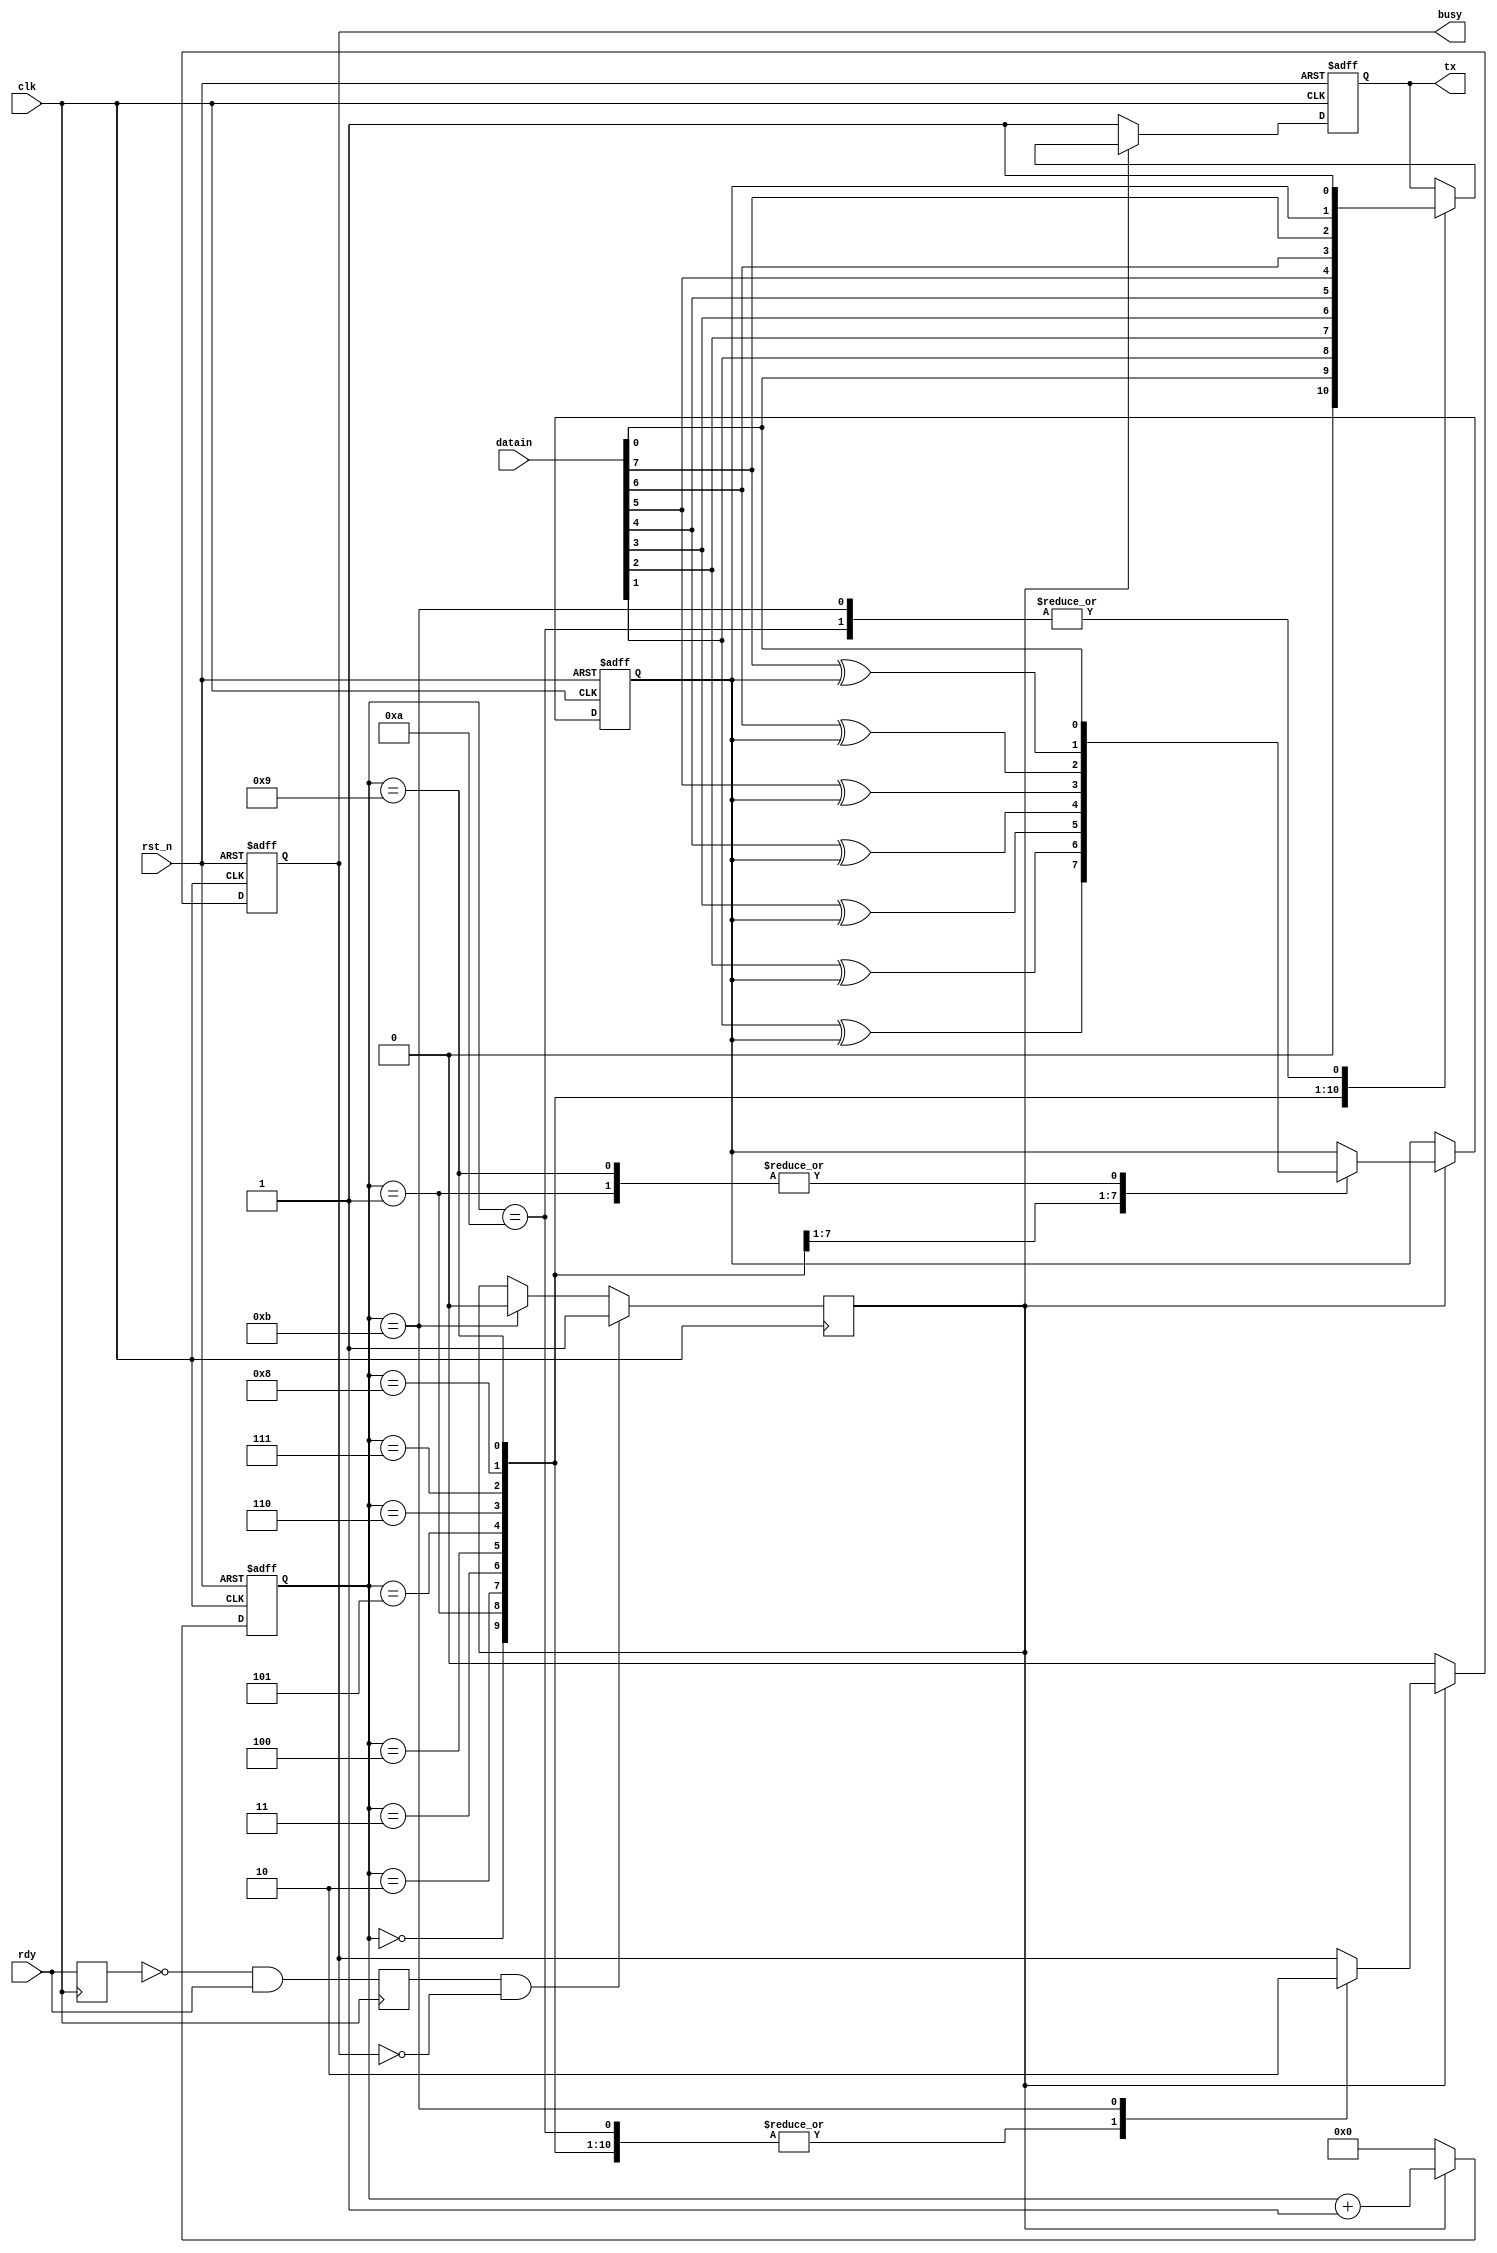
module tx(
				input              clk,                //
				input              rst_n,              //

				input      [7:0]   datain,             //	
				input              rdy,                //
				output reg         busy,               //
				output reg         tx                  //

);



//----------------------------------------------------------------
//rdy,rdyrise1


reg rdybuf, rdyrise;

always @(posedge clk)
begin
   rdybuf <= rdy;
   rdyrise <= (~rdybuf) & rdy;  
end
//-----------------------------------------------------------------


//------------------------------------------------------------------
//
//------------------------------------------------------------------
reg [3:0] cnt; 
reg send;
always @(posedge clk)
begin
  if (rdyrise &&  (~busy))  //
  begin
     send <= 1'b1;
  end
  else if(cnt == 4'd11)      //
  begin
     send <= 1'b0;
  end
end


//-------------------------------------------------------------------
//, 16bit
//------------------------------------------------------------------
reg       check;    //

parameter value = 1'b0;

always @(posedge clk or negedge rst_n)
begin
  if (!rst_n) begin
         tx    <= 1'b0;
         busy  <= 1'b0;
			cnt   <= 4'd0;
			check <= 1'b0;
  end		
  else if(send == 1'b1)  begin
    case(cnt)                 //
    4'd0: begin
         tx   <= 1'b0;
         busy <= 1'b1;
         cnt  <= cnt + 4'd1;
			end
    4'd1: begin
         tx    <= datain[0];    //0
         check <= datain[0]^value;
         busy  <= 1'b1;
         cnt   <= cnt + 4'd1;
			end
    4'd2: begin
         tx    <= datain[1];    //1
         check <= datain[1]^check;
         busy  <= 1'b1;
         cnt   <= cnt + 4'd1;
			end
    4'd3: begin
         tx <= datain[2];    //2
         check <= datain[2]^check;
         busy <= 1'b1;
         cnt <= cnt + 4'd1;
			end
    4'd4: begin
         tx <= datain[3];    //3
         check <= datain[3]^check;
         busy <= 1'b1;
         cnt <= cnt + 4'd1;
			end
    4'd5: begin 
         tx <= datain[4];    //4
         check <= datain[4]^check;
         busy <= 1'b1;
         cnt <= cnt + 4'd1;
			end
    4'd6: begin
         tx <= datain[5];    //5
         check <= datain[5]^check;
         busy <= 1'b1;
         cnt <= cnt + 4'd1;
			end
    4'd7: begin
         tx <= datain[6];    //6
         check <= datain[6]^check;
         busy <= 1'b1;
         cnt <= cnt + 4'd1;
			end
    4'd8: begin 
         tx <= datain[7];    //7
         check <= datain[7]^check;
         busy <= 1'b1;
         cnt <= cnt +4 'd1;
			end
    4'd9: begin
         tx <= check;      //
         check <= datain[0]^value;
         busy <= 1'b1;
         cnt <= cnt + 4'd1;
			end
    4'd10: begin
         tx <= 1'b1;         //            
         busy <= 1'b1;
         cnt <= cnt + 4'd1;
			end
    4'd11: begin
         tx <= 1'b1;             
         busy <= 1'b0;       //
         cnt <= cnt + 4'd1;
			end
    default: begin
         cnt <= cnt + 4'd1;
			end
   endcase
  end
  else  
		begin
			tx <= 1'b1;
			cnt <= 4'd0;
			busy <= 1'b0;
		end
end


endmodule